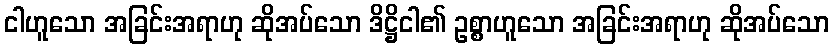
ငါဟူသော အခြင်းအရာဟု ဆိုအပ်သော ဒိဋ္ဌိငါ၏ ဥစ္စာဟူသော အခြင်းအရာဟု ဆိုအပ်သော